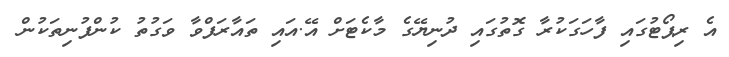
އެ ރިޕޯޓުގައި ފާހަގަކުރާ ގޮތުގައި ދުނިޔޭގެ މާކެޓަށް އޭ.އައި ތައާރަފްވާ ވަގުތު ކުންފުނިތަކުން